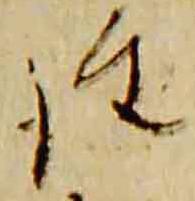
詮